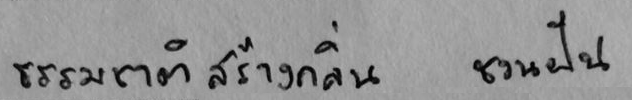
ธรรมชาติสร้างกลิ่น ชวนฝัน